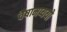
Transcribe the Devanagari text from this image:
चैषामप्ययो